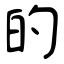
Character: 的